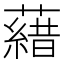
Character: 𮒖